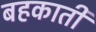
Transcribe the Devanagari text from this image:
बहकाती